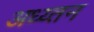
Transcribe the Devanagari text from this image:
अध्य्तन